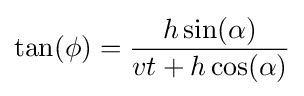
\tan(\phi )={\frac {h\sin(\alpha )}{vt+h\cos(\alpha )}}